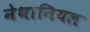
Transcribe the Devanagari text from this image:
नेथानियल